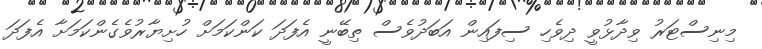
މިނިސްޓަރު ވިދާޅުވީ ދިވެހި ސިފައިން އަބަދުވެސް ތިބޭނީ އެފަދަ ކަންކަމަށް ހުށިޔާރުވެގެންކަމަށާ އެފަދަ